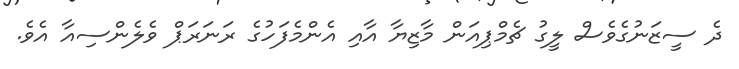
ދެ ސީޒަނުގެވެސް ލީގު ޗެމްޕިއަން މާޒިޔާ އާއި އެންމެފަހުގެ ރަނަރަޕް ވެލެންސިއާ އެވެ.